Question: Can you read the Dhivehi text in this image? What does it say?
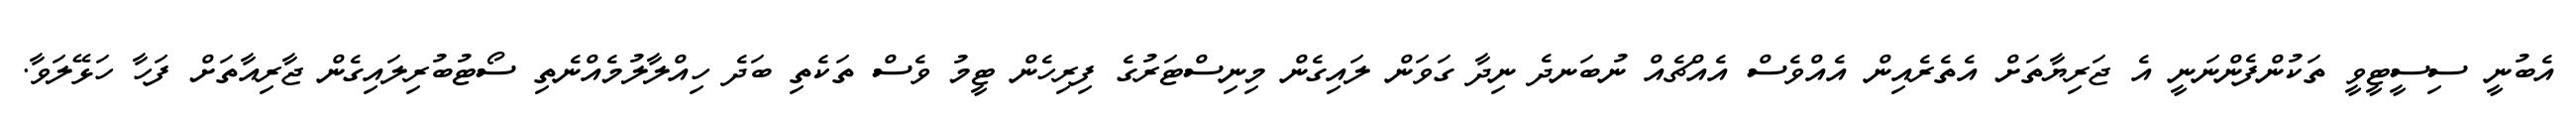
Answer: އެބުނީ ސިސީޓީވީ ތަކުންފެންނަނީ އެ ޖަރިޔާތަށް އެތެރެއިން އެއްވެސް އެއްޗެއް ނުބަނދެ ނިދާ ގަވަން ލައިގެން މިނިސްޓަރުގެ ފިރިހެން ޓީމު ވެސް ތަކެތި ބަދެ ހިއްލާލުމެއްނެތި ސޯޓުބުރިލައިގެން ޖާރިއާތަށް ފަހާ ހަޅޭލަވާ.